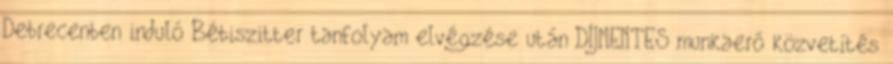
Debrecenben induló Bébiszitter tanfolyam elvégzése után DÍJMENTES munkaerő közvetítés